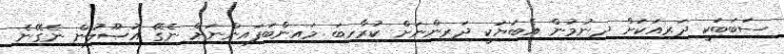
ސަބަބަކީ ދަރިއަކަށް ދިނުމުން އެބަޔަކީ ދަރިންނަށް ކުރާހިބަ މައިންބަފައިންނަށް ނެގޭ އުޞޫލުން ނެގޭނެ